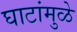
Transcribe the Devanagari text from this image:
घाटांमुळे